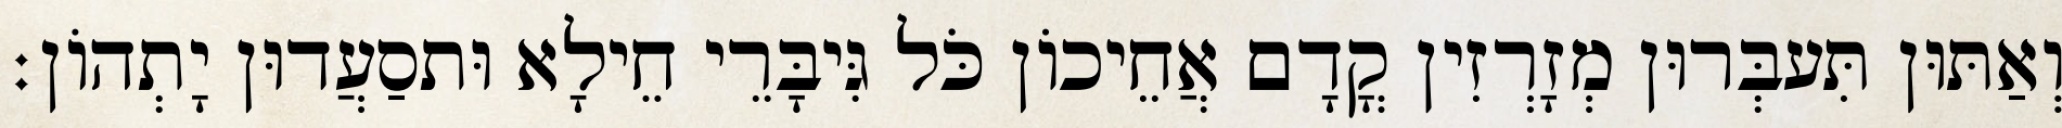
וְאַתּוּן תִּעבְּרוּן מְזָרְזִין קֳדָם אֲחֵיכוֹן כֹּל גִּיבָּרֵי חֵילָא וּתסַעֲדוּן יָתְהוֹן׃